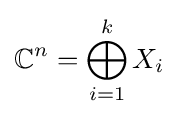
\mathbb {C} ^{n}=\bigoplus _{i=1}^{k}X_{i}